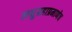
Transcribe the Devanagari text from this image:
लघुग्रहाप्रमाणेच